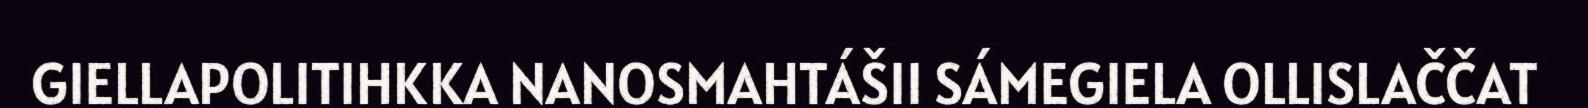
GIELLAPOLITIHKKA NANOSMAHTÁŠII SÁMEGIELA OLLISLAČČAT